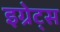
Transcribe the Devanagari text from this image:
इग्रेट्स